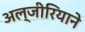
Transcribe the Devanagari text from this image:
अल्जीरियाने